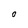
Character: 0